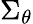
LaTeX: \Sigma_{\theta}